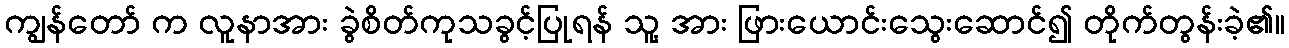
ကျွန်တော် က လူနာအား ခွဲစိတ်ကုသခွင့်ပြုရန် သူ့ အား ဖြားယောင်းသွေးဆောင်၍ တိုက်တွန်းခဲ့၏။